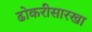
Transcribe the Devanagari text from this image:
ढोकरीसारखा